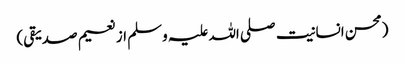
(محسن انسانیت صلی اللہ علیہ وسلم از نعیم صدیقی)